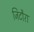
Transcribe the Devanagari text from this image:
जिटौरा